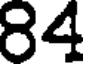
84